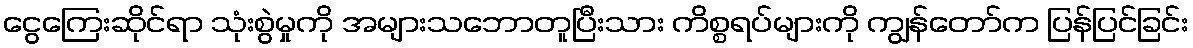
ငွေကြေးဆိုင်ရာ သုံးစွဲမှုကို အများသဘောတူပြီးသား ကိစ္စရပ်များကို ကျွန်တော်က ပြန်ပြင်ခြင်း